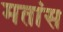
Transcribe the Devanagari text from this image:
मतांस